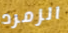
الزمرد